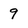
Character: 9